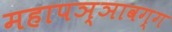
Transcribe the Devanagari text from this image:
महापञ्ञावग्ग